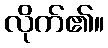
လိုက်၏။